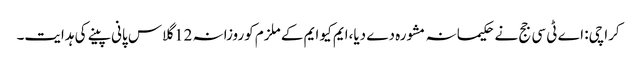
کراچی: اے ٹی سی جج نے حکیمانہ مشورہ دے دیا،ایم کیو ایم کے ملزم کوروزانہ 12 گلاس پانی پینے کی ہدایت۔